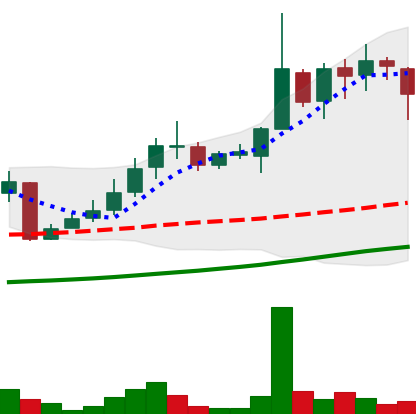
Ticker: LINK-USD
Chart end date: 2018-10-29
Forward return: 29.866%
Label: up_7plus